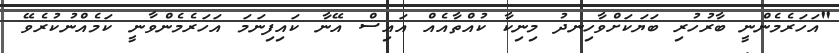
"އަހަރެމެންނީ ބާރުހުރި ބަޔަކަށްވާހިނދު މިނިކާ ކުއްތާއެއް އައިސް އޭނާ ކައިފިނަމަ އަހަރެމެންވާނީ ކަމެއްނުކުރެވޭ